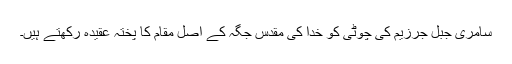
سامری جبل جرزیم کی چوٹی کو خدا کی مقدس جگہ کے اصل مقام کا پختہ عقیدہ رکھتے ہیں۔